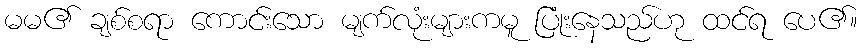
မမ၏ ချစ်စရာ ကောင်းသော မျက်လုံးများကမူ ပြုံးနေသည်ဟု ထင်ရ ပေ၏။